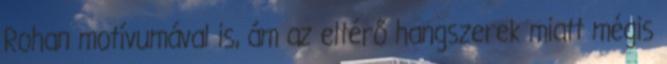
Rohan motívumával is, ám az eltérő hangszerek miatt mégis